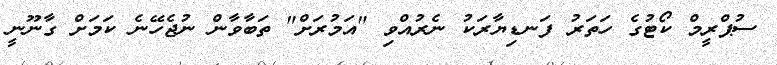
ސުޕްރީމް ކޯޓުގެ ހަތަރު ފަނޑިޔާރަކު ނެރުއްވި "އަމުރަށް" ތަބާވާން ނުޖެހޭނެ ކަމަށް ގާނޫނީ